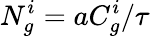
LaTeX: N_{g}^{i}=aC_{g}^{i}/\tau